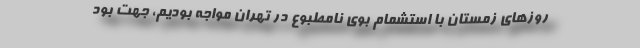
روزهای زمستان با استشمام بوی نامطبوع در تهران مواجه بودیم، جهت بود